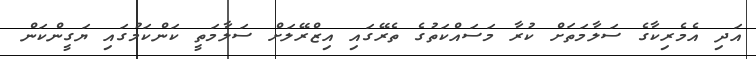
އަދި އެމެރިކާގެ ސަލާމަތަށް ކުރާ މަސައްކަތުގެ ތެރޭގައި އިޒްރޭލަށް ސަލާމަތީ ކަންކަމުގައި ޔަގީންކަން